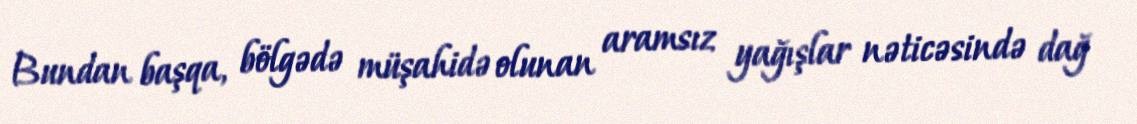
Bundan başqa, bölgədə müşahidə olunan aramsız yağışlar nəticəsində dağ